Annual administration report of the Civil Veterinary Department of India - 1898-1899
Year: 1898
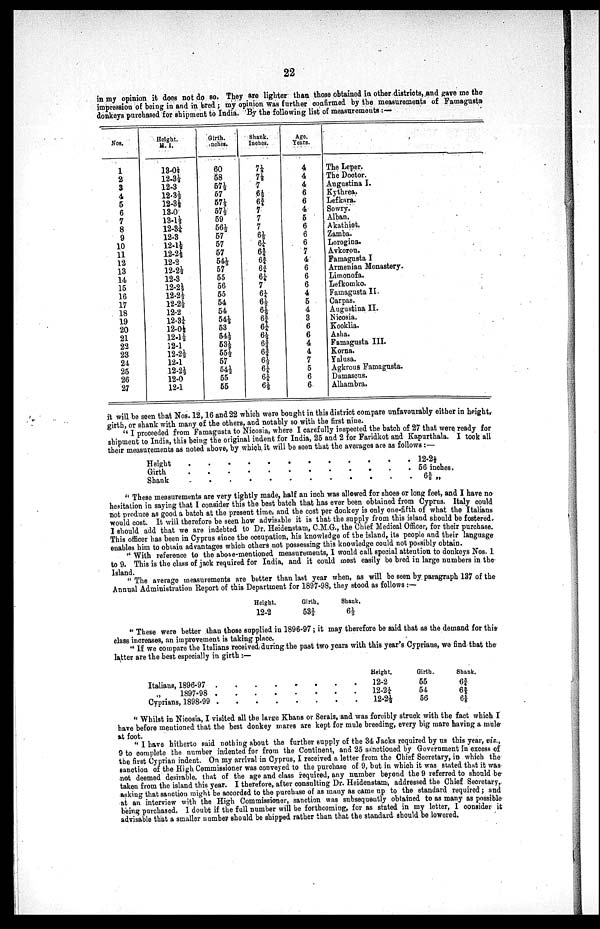
22
in my opinion it does not do so. They are lighter than those obtained in other districts, and gave me the
impression of being in and in bred; my opinion was further confirmed by the measurements of Famagusta
donkeys purchased for shipment to India. By the following list of measurements:—
Nos.
1
2
3
4
5
6
7
8
9
10
11
12
13
14
15
16
17
18
19
20
21
22
23
24
25
26
27
Height.
H.I.
13.0½
12.3½
12.3
12.3½
12.3½
13.0
13.1½
12.3¼
12.3
12.1½
12.2½
12.2
12.2½
12.3
12.2½
12.2½
12.2½
12.2
12.3¼
12.0½
12.1½
12.1
12.2½
12.1
12.2½
12.0
12.1
Girth.
Inches.
60
58
57½
57
57½
57½
59
56½
57
57
57
54½
57
55
56
55
54
54
54½
53
54½
53½
55½
57
54½
55
55
Shank.
Inches.
7⅛
7⅛
7
6½
6¾
7
7
7
6½
6¼
6¾
6¾
6¾
6¼
7
6¼
6½
6½
6¾
6¼
6½
6¾
6¾
6½
6¼
6¼
6½
Age.
Years.
4
4
4
6
6
4
5
6
6
6
7
4
6
6
6
4
5
4
3
6
6
4
4
7
5
6
6
The Leper.
The Doctor.
Augustina I.
Kythrea.
Lefkara.
Sowry.
Alban.
Akathiot.
Zamba.
Lorogina.
Avkorou.
Famagusta I
Armenian Monastery.
Limonofa.
Lefkomko.
Famagusta II.
Carpas.
Augustina II.
Nicosia.
Kooklia.
Asha.
Famagusta III.
Korna.
Yalusa.
Agkrous Famagusta.
Damascus.
Alhambra.
it will be seen that Nos. 12, 16 and 22 which were bought in this district compare unfavourably either in height,
girth, or shank with many of the others, and notably so with the first nine.
"I proceeded from Famagusta to Nicosia, where I carefully inspected the batch of 27 that were ready for
shipment to India, this being the original indent for India, 25 and 2 for Faridkot and Kapurthala. I took all
their measurements as noted above, by which it will be seen that the averages are as follows:—
Height............
Girth...........
Shank............
12.2½
56 inches.
6⅝ „
"These measurements are very tightly made, half an inch was allowed for shoes or long feet, and I have no
hesitation in saying that I consider this the best batch that has ever been obtained from Cyprus. Italy could
not produce as good a batch at the present time, and the cost per donkey is only one-fifth of what the Italians
would cost. It will therefore be seen how advisable it is that the supply from this island should be fostered.
I should add that we are indebted to Dr. Heidenstam, C.M.G., the Chief Medical Officer, for their purchase.
This officer has been in Cyprus since the occupation, his knowledge of the island, its people and their language
enables him to obtain advantages which others not possessing this knowledge could not possibly obtain.
"With reference to the above-mentioned measurements, I would call special attention to donkeys Nos. 1
to 9. This is the class of jack required for India, and it could most easily be bred in large numbers in the
Island.
"The average measurements are better than last year when, as will be seen by paragraph 137 of the
Annual Administration Report of this Department for 1897-98, they stood as follows:—
Height.
12.2
Girth.
53¾
Shank.
6½
"These were better than those supplied in 1896-97; it may therefore be said that as the demand for this
class increases, an improvement is taking place.
"If we compare the Italians received during the past two years with this year's Cyprians, we find that the
latter are the best especially in girth:—
Italians, 1896-97 .
1897-98 .
Cyprians, 1898-99 .
.
.
.
.
.
.
.
.
.
.
.
.
.
.
.
.
.
.
Height.
. 12.2
. 12.2¼
. 12.2½
Girth.
55
54
56
Shank.
6¾
6¾
6⅝
"Whilst in Nicosia, I visited all the large Khans or Serais, and was forcibly struck with the fact which I
have before mentioned that the best donkey mares are kept for mule breeding, every big mare having a mule
at foot.
"I have hitherto said nothing about the further supply of the 34 Jacks required by us this year, viz.,
9 to complete the number indented for from the Continent, and 25 sanctioned by Government in excess of
the first Cyprian indent. On my arrival in Cyprus, I received a letter from the Chief Secretary, in which the
sanction of the High Commissioner was conveyed to the purchase of 9, but in which it was stated that it was
not deemed desirable, that of the age and class required, any number beyond the 9 referred to should be
taken from the island this year. I therefore, after consulting Dr. Heidenstam, addressed the Chief Secretary,
asking that sanction might be accorded to the purchase of as many as came up to the standard required; and
at an interview with the High Commissioner, sanction was subsequently obtained to as many as possible
being purchased. I doubt if the full number will be forthcoming, for as stated in my letter, I consider it
advisable that a smaller number should be shipped rather than that the standard should be lowered.